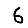
Digit: 6